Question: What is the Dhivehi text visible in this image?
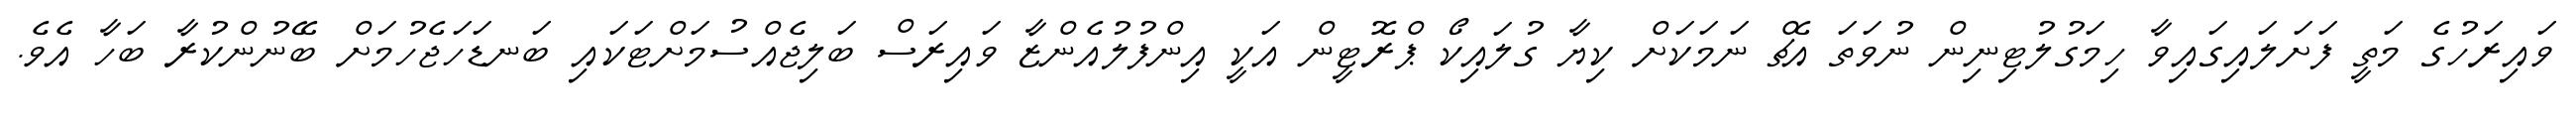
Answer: ވައިރަހުގެ މަތީ ފަށަލައިގައިވާ ހިމަގުލުޓިނިން ނުވަތަ އެޗް ނަމަކަށް ކިޔާ ގުލައިކޯ ޕްރޮޓީން އަކީ އިންފުލުއެންޒާ ވައިރަސް ބަލިޖެއްސުމަށްޓަކައި ބަނޑަހަޖެހުމަށް ބޭނުންކުރާ ބަހާ އެވެ.